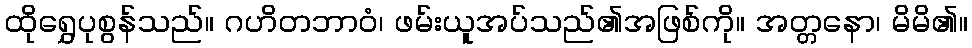
ထိုရွှေပုစွန်သည်။ ဂဟိတဘာဝံ၊ ဖမ်းယူအပ်သည်၏အဖြစ်ကို။ အတ္တနော၊ မိမိ၏။